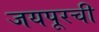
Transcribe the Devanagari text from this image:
जयपूरची